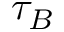
\tau _ { B }